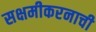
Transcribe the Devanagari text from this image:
सक्षमीकरनाची